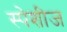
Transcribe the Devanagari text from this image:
स्पेशीज